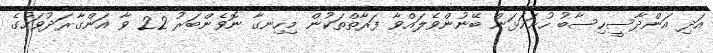
އަދި އަންދާސީހިސާބު ހުށަހަޅަން ބޭނުންވެލައްވާ ފަރާތްތަކުން މިހިނގާ ނޮވެންބަރު 22 ވާ އަންގާރަދުވަހުގެ